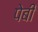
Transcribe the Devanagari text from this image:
पेबी